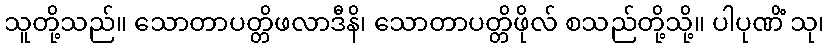
သူတို့သည်။ သောတာပတ္တိဖလာဒီနိ၊ သောတာပတ္တိဖိုလ် စသည်တို့သို့။ ပါပုဏိံ သု၊